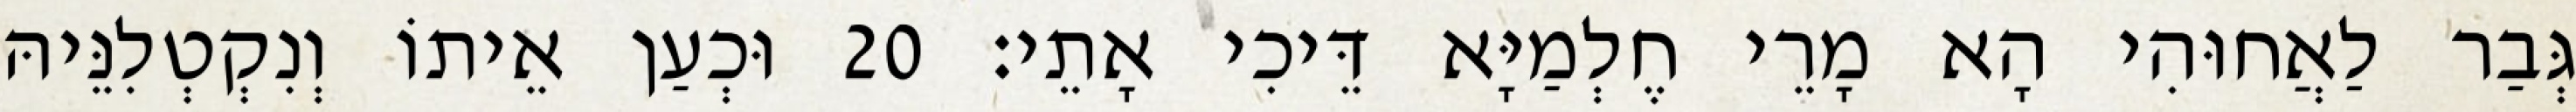
גְּבַר לַאֲחוּהִי הָא מָרֵי חֶלְמַיָּא דֵּיכִי אָתֵי׃ 20 וּכְעַן אֵיתוֹ וְנִקְטְלִנֵּיהּ